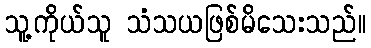
သူ့ကိုယ်သူ သံသယဖြစ်မိသေးသည်။